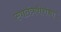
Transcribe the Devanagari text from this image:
स्वातंत्रवीरांचा